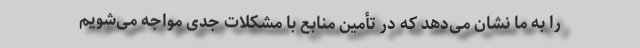
را به ما نشان می‌دهد که در تأمین منابع با مشکلات جدی مواجه می‌شویم